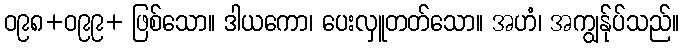
ဝ၉၈+ဝ၉၉+ ဖြစ်သော။ ဒါယကော၊ ပေးလှူတတ်သော။ အဟံ၊ အကျွန်ုပ်သည်။